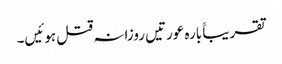
تقریباََ بارہ عورتیں روزانہ قتل ہوئیں۔